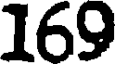
169